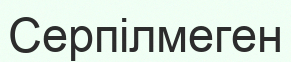
Серпілмеген